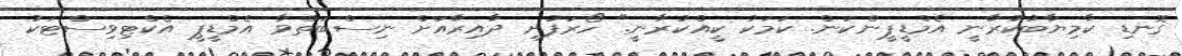
ގޮނޑި ކާމިޔާބުކުރާނީ އެމްޑީޕީންކަން. ކަމަކު ކީއްކުރާނީ." ހޯރަފުށި ދާއިރާއަށް ނިސްބަތްވާ އެމްޑީޕީ އެކްޓިވިސްޓަކު